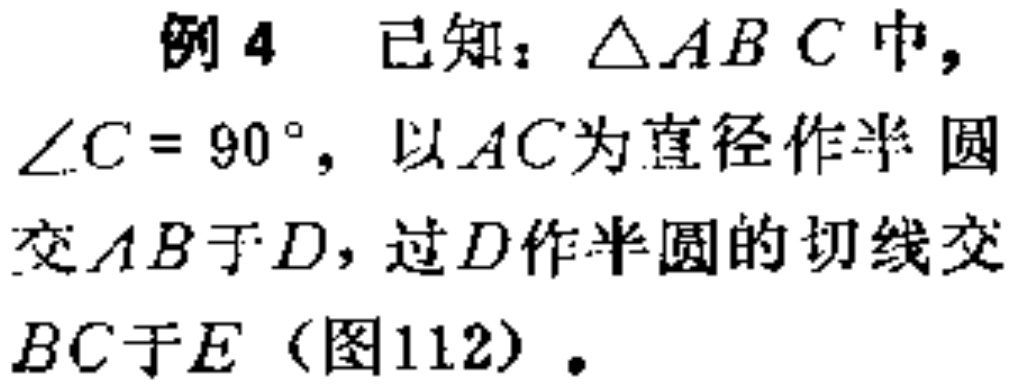
例4 已知：\(\triangle ABC\)中，\(\angle C = 90^{\circ}\)，以\(AC\)为直径作半圆交\(AB\)于\(D\)，过\(D\)作半圆的切线交\(BC\)于\(E\)（图112）.